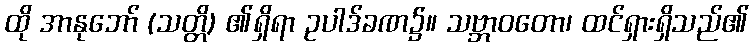
ထို အာနုဘော် (သတ္တိ) ၏ရှိရာ ဥပါဒ်ခဏ၌။ သဗ္ဘာဝတော၊ ထင်ရှားရှိသည်၏